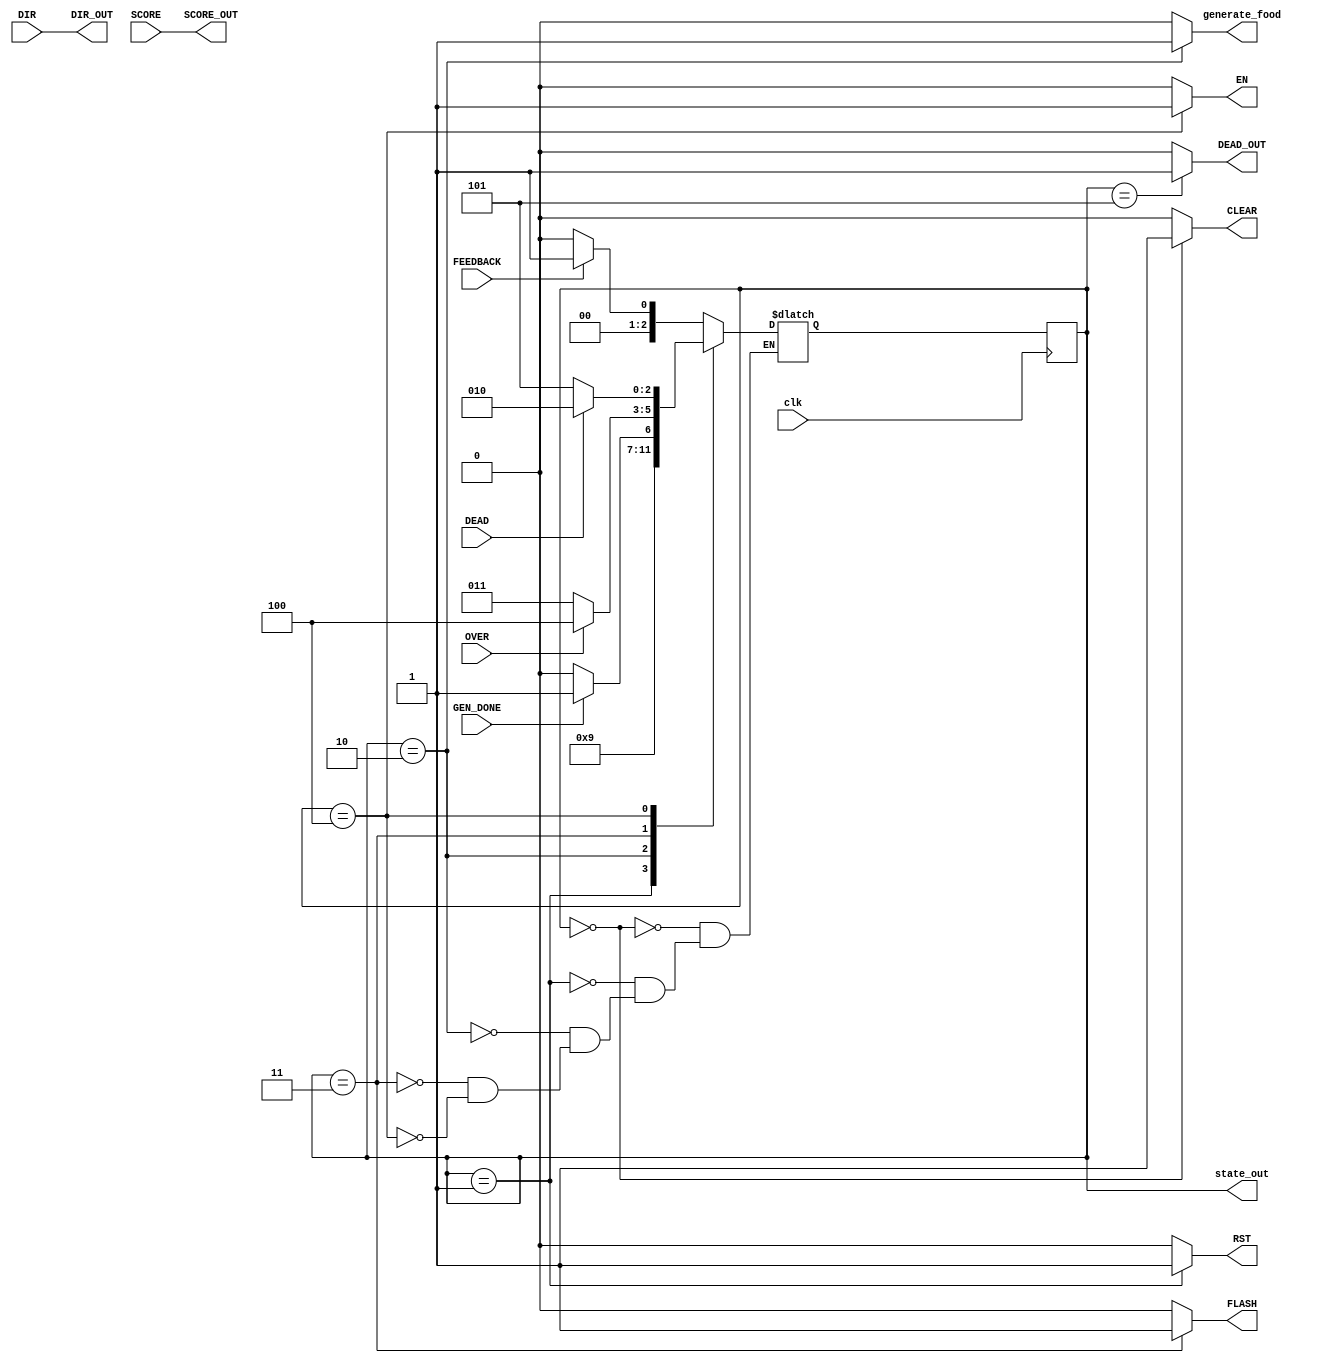
`timescale 1ns / 1ps
//////////////////////////////////////////////////////////////////////////////////
// Company: 
// Engineer: 
// 
// Design Name: 
// Module Name:    StateMachine 
// Project Name: 
// Target Devices: 
// Tool versions: 
// Description: 
//
// Dependencies: 
//
// Revision: 
// Revision 0.01 - File Created
// Additional Comments: 
//
//////////////////////////////////////////////////////////////////////////////////
module StateMachine(
	input wire clk,
	input wire FEEDBACK,
	input wire [7:0] SCORE,
	input wire OVER,
	input wire DEAD,
	input wire [1:0] DIR,
	input wire GEN_DONE,
	output wire RST,
	output wire CLEAR,
	output wire FLASH,
	output wire generate_food,
	output wire DEAD_OUT,
	output wire EN,
	output wire [1:0] DIR_OUT,
	output wire [7:0] SCORE_OUT
// if debug	
	,
	output wire [2:0] state_out
// fi
   );
	
	parameter INIT = 3'b000, START = 3'b001, GENFOOD = 3'b010, RENDER = 3'b011,
				 MOVE = 3'b100, END = 3'b101;

	reg [2:0] state = INIT;
	reg [2:0] next_state = INIT;
// if debug	
	assign state_out = state;
// fi
	
	reg generate_food_reg = 1'b1;
	wire generate_food_out;
	assign generate_food_out = generate_food_reg;
	
	always@(posedge clk) begin
		state <= next_state;
	end

	always@(FEEDBACK or OVER or state) begin
		case (state)
			INIT: 	next_state = (FEEDBACK == 1) ? START : INIT;
			START:	next_state = GENFOOD;
			GENFOOD:	next_state = (GEN_DONE == 1) ? RENDER : GENFOOD;
			RENDER:	
			begin
				next_state = (OVER == 1) ? MOVE : RENDER;
				generate_food_reg = 1'b0;
			end
			MOVE:		next_state = (DEAD == 1) ? GENFOOD : END;
		endcase
	end
	
	always@(SCORE) begin
		generate_food_reg = 1'b1;
	end
	
	assign CLEAR = (state == INIT) ? 1 : 0;
	assign RST = (state == START) ? 1 : 0;
	assign generate_food = (state == GENFOOD) ? generate_food_out : 0;
	assign FLASH = (state == RENDER) ? 1 : 0;
	assign EN = (state == MOVE) ? 1 : 0;
	assign DEAD_OUT = (state == END) ? 1 : 0;
	
	assign SCORE_OUT = SCORE;
	assign DIR_OUT = DIR;

endmodule